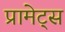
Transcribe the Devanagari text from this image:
प्रामेट्स